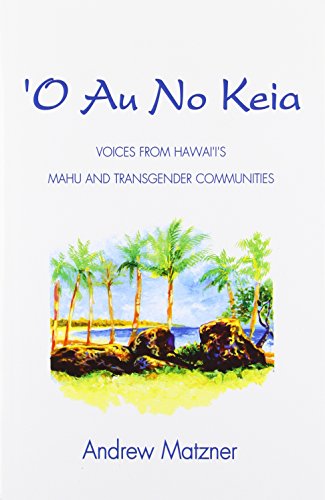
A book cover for O Au No Keia: Voices From Hawai'i's Mahu and Transgender Communities; Andrew Matzner; Gay & Lesbian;